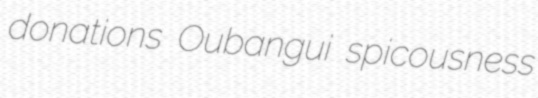
donations Oubangui spicousness